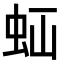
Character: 𧉋